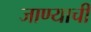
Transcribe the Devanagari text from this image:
जाण्‍याची